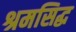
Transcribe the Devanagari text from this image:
श्रमसिद्ध